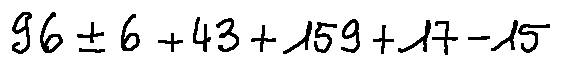
9 6 \pm 6 + 4 3 + 1 5 9 + 1 7 - 1 5